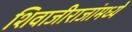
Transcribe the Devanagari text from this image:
शिवाजीराजांमध्ये